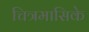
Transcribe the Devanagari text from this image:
चित्रमासिके